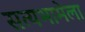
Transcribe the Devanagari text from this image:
सत्यभामेला